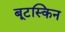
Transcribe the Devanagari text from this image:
बूटस्किन